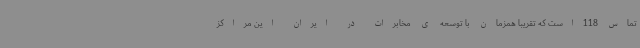
تماس 118است که تقریبا همزمان با توسعه ی مخابرات در ایران این مراکز